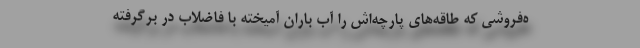
ه‌فروشي كه طاقه‌هاي پارچه‌اش را آب باران آميخته با فاضلاب در برگرفته